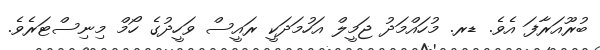
ބުރޫއަރާފަ އެވެ. ޑރ. މުހައްމަދު ޖަމީލް އަހުމަދަކީ ރައީސް ވަހީދުގެ ހޯމް މިނިސްޓަރެވެ.